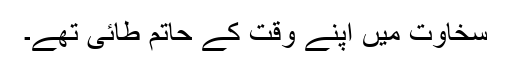
سخاوت میں اپنے وقت کے حاتم طائی تھے۔